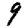
Digit: 9